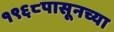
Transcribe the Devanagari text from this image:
१९६८पासूनच्या